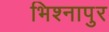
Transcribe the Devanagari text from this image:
भिश्नापुर